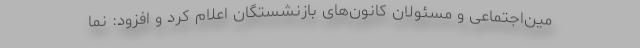
مین‌اجتماعی و مسئولان کانون‌های بازنشستگان اعلام کرد و افزود: نما